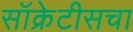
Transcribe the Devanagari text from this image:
सॉक्रेटीसचा